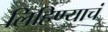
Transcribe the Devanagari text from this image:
लिहिण्याचं